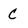
Character: c